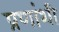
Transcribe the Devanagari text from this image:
प्रणांशी